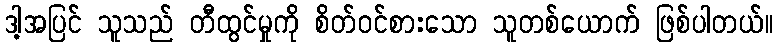
ဒါ့အပြင် သူသည် တီထွင်မှုကို စိတ်ဝင်စားသော သူတစ်ယောက် ဖြစ်ပါတယ်။